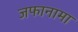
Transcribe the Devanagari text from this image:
जफानामा